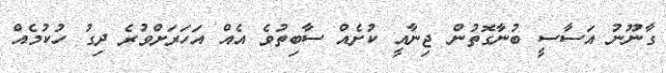
ގާނޫނު އަސާސީ ބުނާގޮތުން ޖިނާއީ ކުށެއް ސާބިތުވެ އެއް އަހަރަށްވުރެ ދިގު ހުކުމެއް